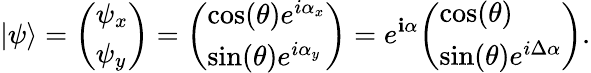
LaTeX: |\psi\rangle={\left(\begin{array}{l}{\psi_{x}}\\ {\psi_{y}}\end{array}\right)}={\left(\begin{array}{l}{\cos(\theta)e^{i\alpha_{x}}}\\ {\sin(\theta)e^{i\alpha_{y}}}\end{array}\right)}=e^{\mathbf{i}\alpha}{\left(\begin{array}{l}{\cos(\theta)}\\ {\sin(\theta)e^{i\Delta\alpha}}\end{array}\right)}.